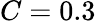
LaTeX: C=0.3